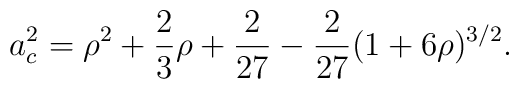
a_{c}^{2}=\rho ^{2}+\frac{2}{3}\rho +\frac{2}{27}-\frac{2}{27}(1+6\rho)^{3/2}.